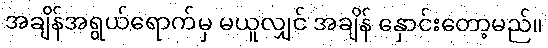
အချိန်အရွယ်ရောက်မှ မယူလျှင် အချိန် နှောင်းတော့မည်။